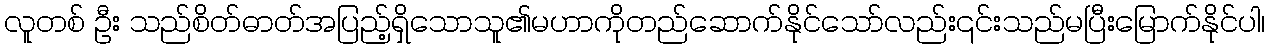
လူတစ် ဦး သည်စိတ်ဓာတ်အပြည့်ရှိသောသူ၏မဟာကိုတည်ဆောက်နိုင်သော်လည်း၎င်းသည်မပြီးမြောက်နိုင်ပါ၊